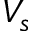
V _ { s }